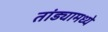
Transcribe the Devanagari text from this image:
तांड्यामध्ये